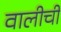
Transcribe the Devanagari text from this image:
वालीची